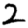
Digit: 2